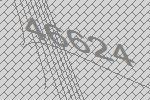
46624